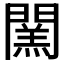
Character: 𨶅